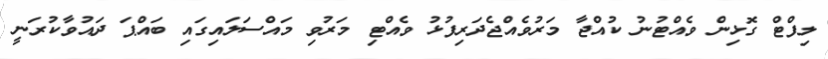
ލިފްޓް ގޮޅިން ވެއްޓުނު ކުއްޖާ މަރުވެއްޖެދަރިފުޅު ވެއްޓި މަރުވި މައްސަލައިގައި ބައްޕަ ދައުވާކުރަނީ